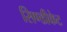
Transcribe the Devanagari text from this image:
सिण्डीकेट